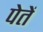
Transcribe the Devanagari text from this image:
पेतें